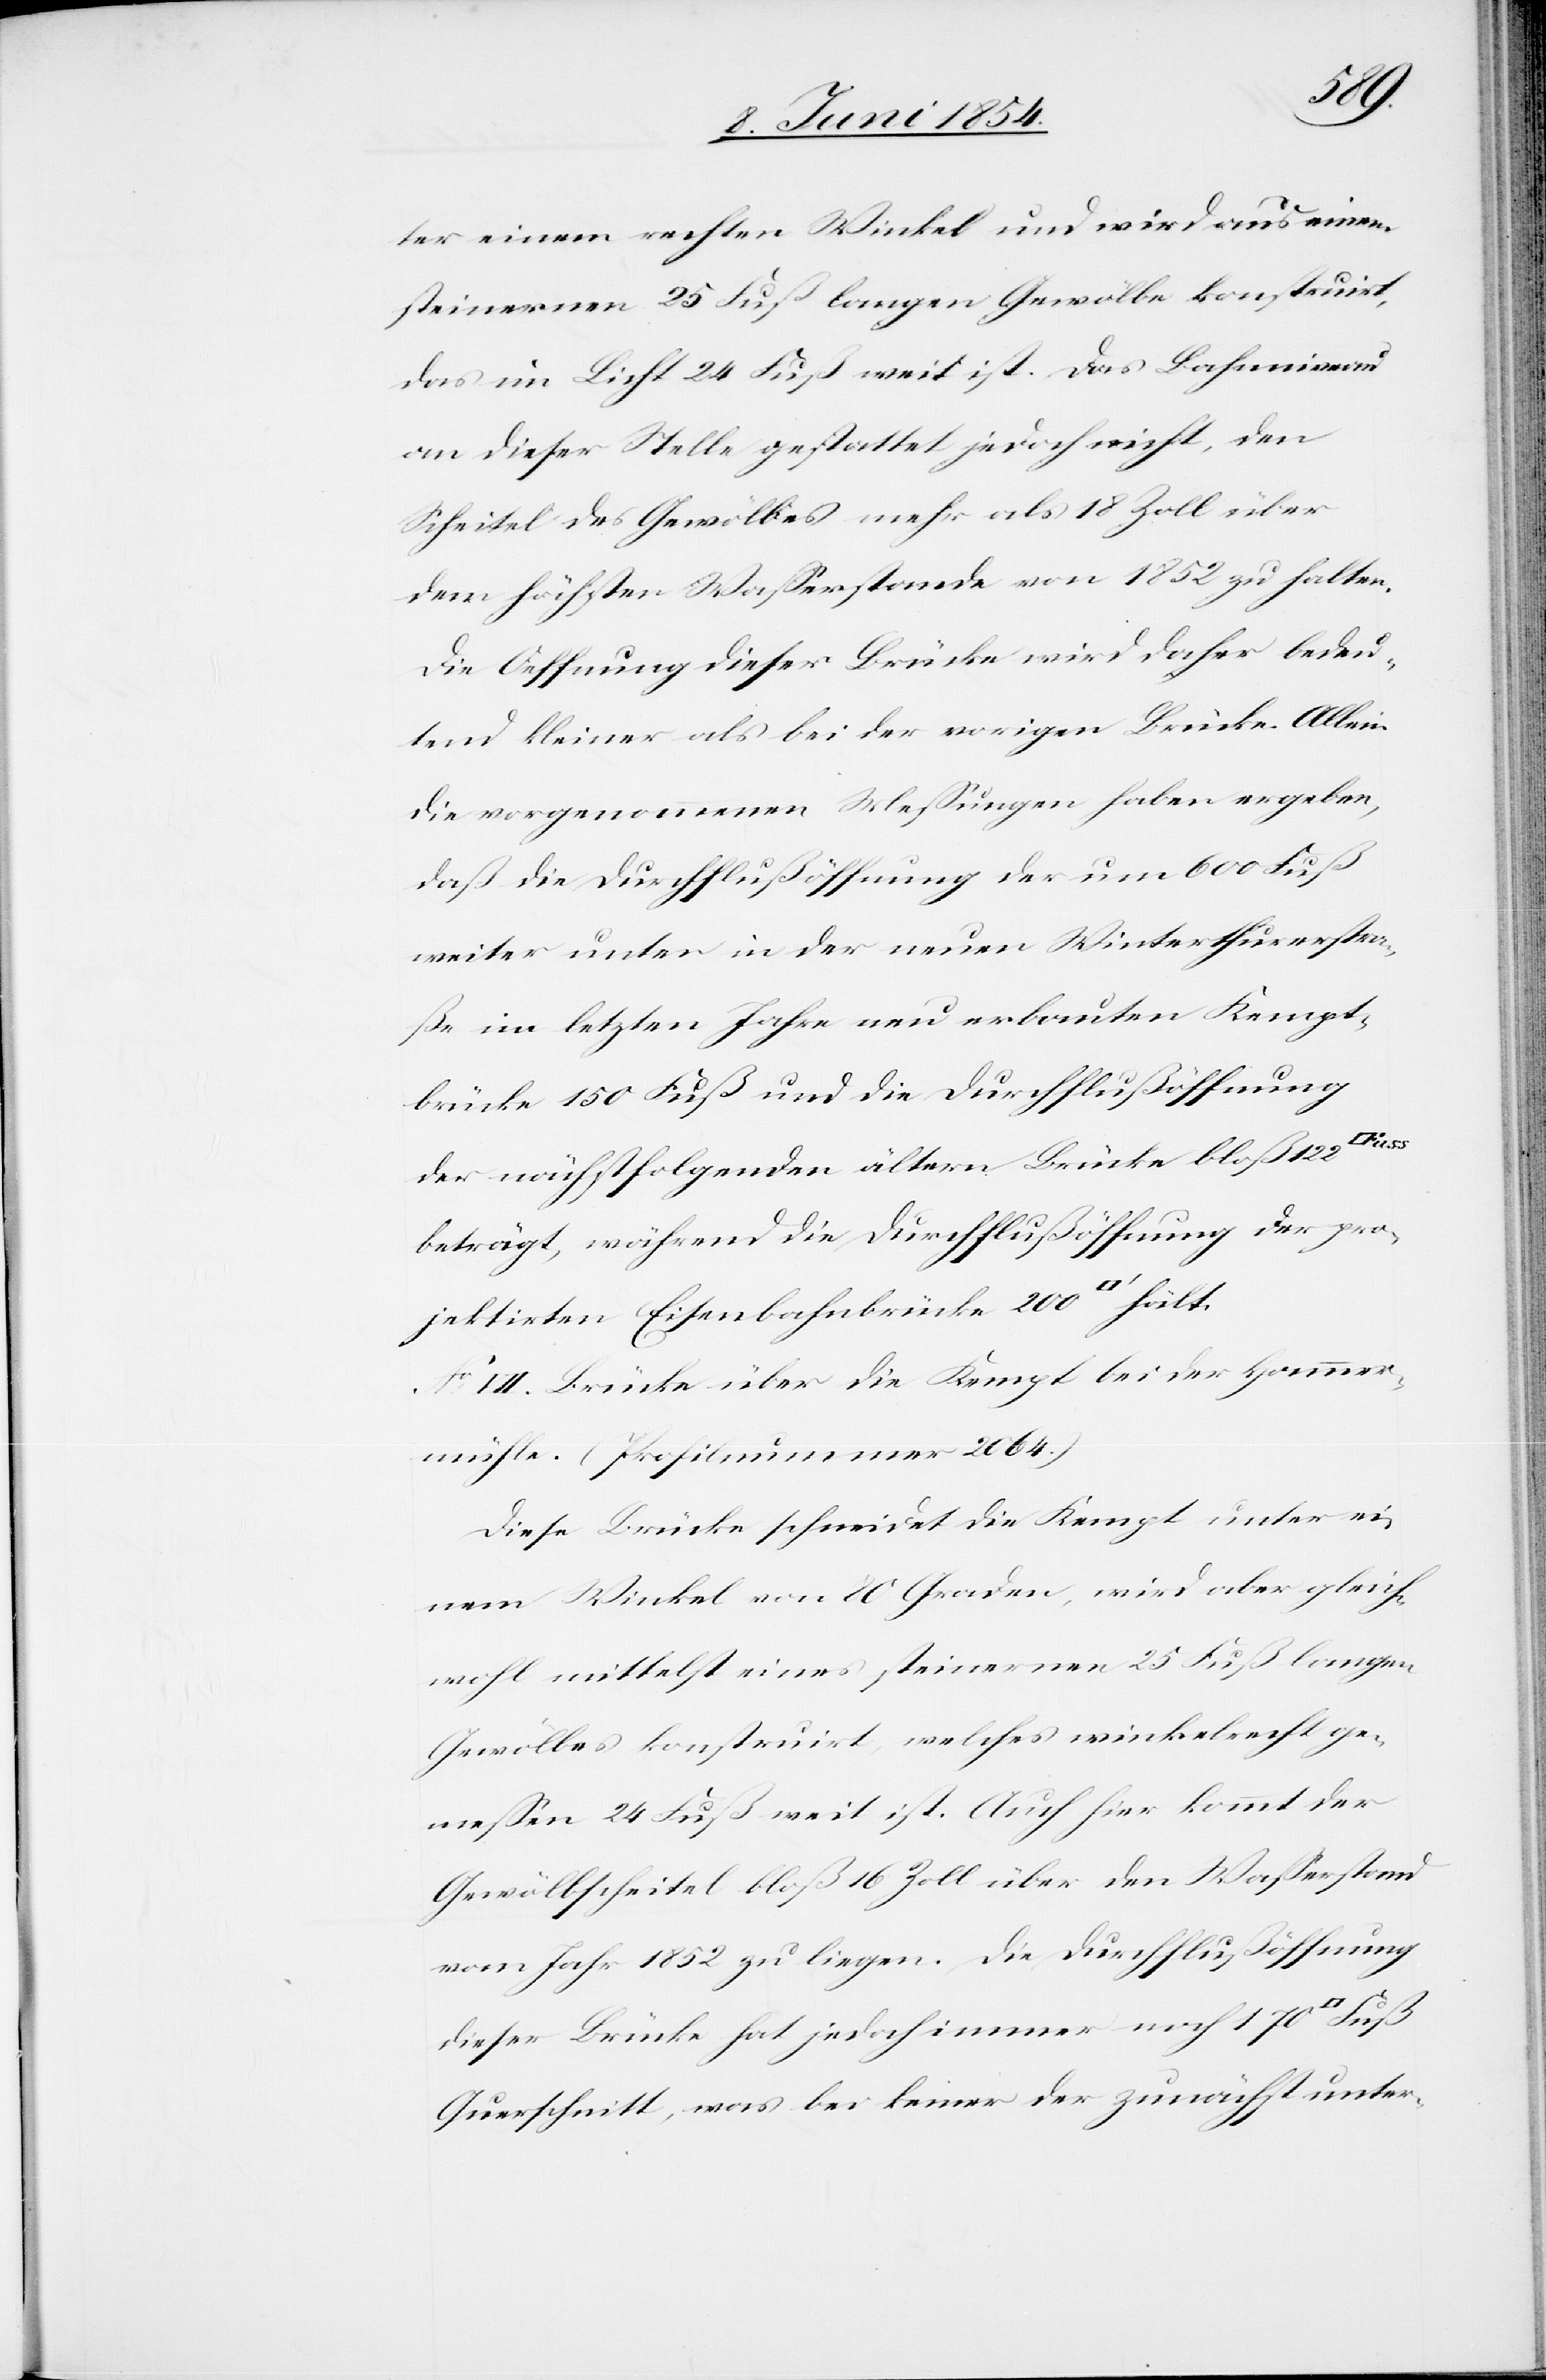
adrat]
ter einem rechten Winkel und wird aus einem
steinernen 25 Fuß langen Gewölbe konstruirt,
das im Licht 24 Fuß weit ist. Das Bahnniveau
an dieser Stelle gestattet jedoch nicht, den
Scheitel des Gewölbes mehr als 18 Zoll über
dem höchsten Waßerstande von 1852 zu halten.
Die Oeffnung dieser Brücke wird daher bedeu¬
tend kleiner als bei der vorigen Brücke. Allein
die vorgenommenen Meßungen haben ergeben,
daß die Durchflußöffnung der um 600 Fuß
weiter unten in der neuen Winterthurerstra¬
ße im letzten Jahre neu erbauten Kempt¬
brücke 150 Fuß und die Durchflußöffnung
der nächstfolgenden ältern Brücke bloß 122
beträgt, während die Durchflußöffnung der pro¬
jektirten Eisenbahnbrücke 200
No VII. Brücke über die Kempt bei der Hommer¬
mühle. (Profilnummer 1064.)
Diese Brücke schneidet die Kempt unter ei¬
nem Winkel von 80 Graden, wird aber gleich¬
wohl mittelst eines steinernen 25 Fuß langen
Gewölbes konstruirt, welches winkelrecht ge¬
meßen 24 Fuß weit ist. Auch hier kommt der
Gewölbscheitel bloß 16 Zoll über den Waßerstand
vom Jahr 1852 zu liegen. Die Durchflußöffnung
dieser Brücke hat jedoch immer noch 170 [Qu¬
Querschnitt, was bei keiner der zunächst unter-